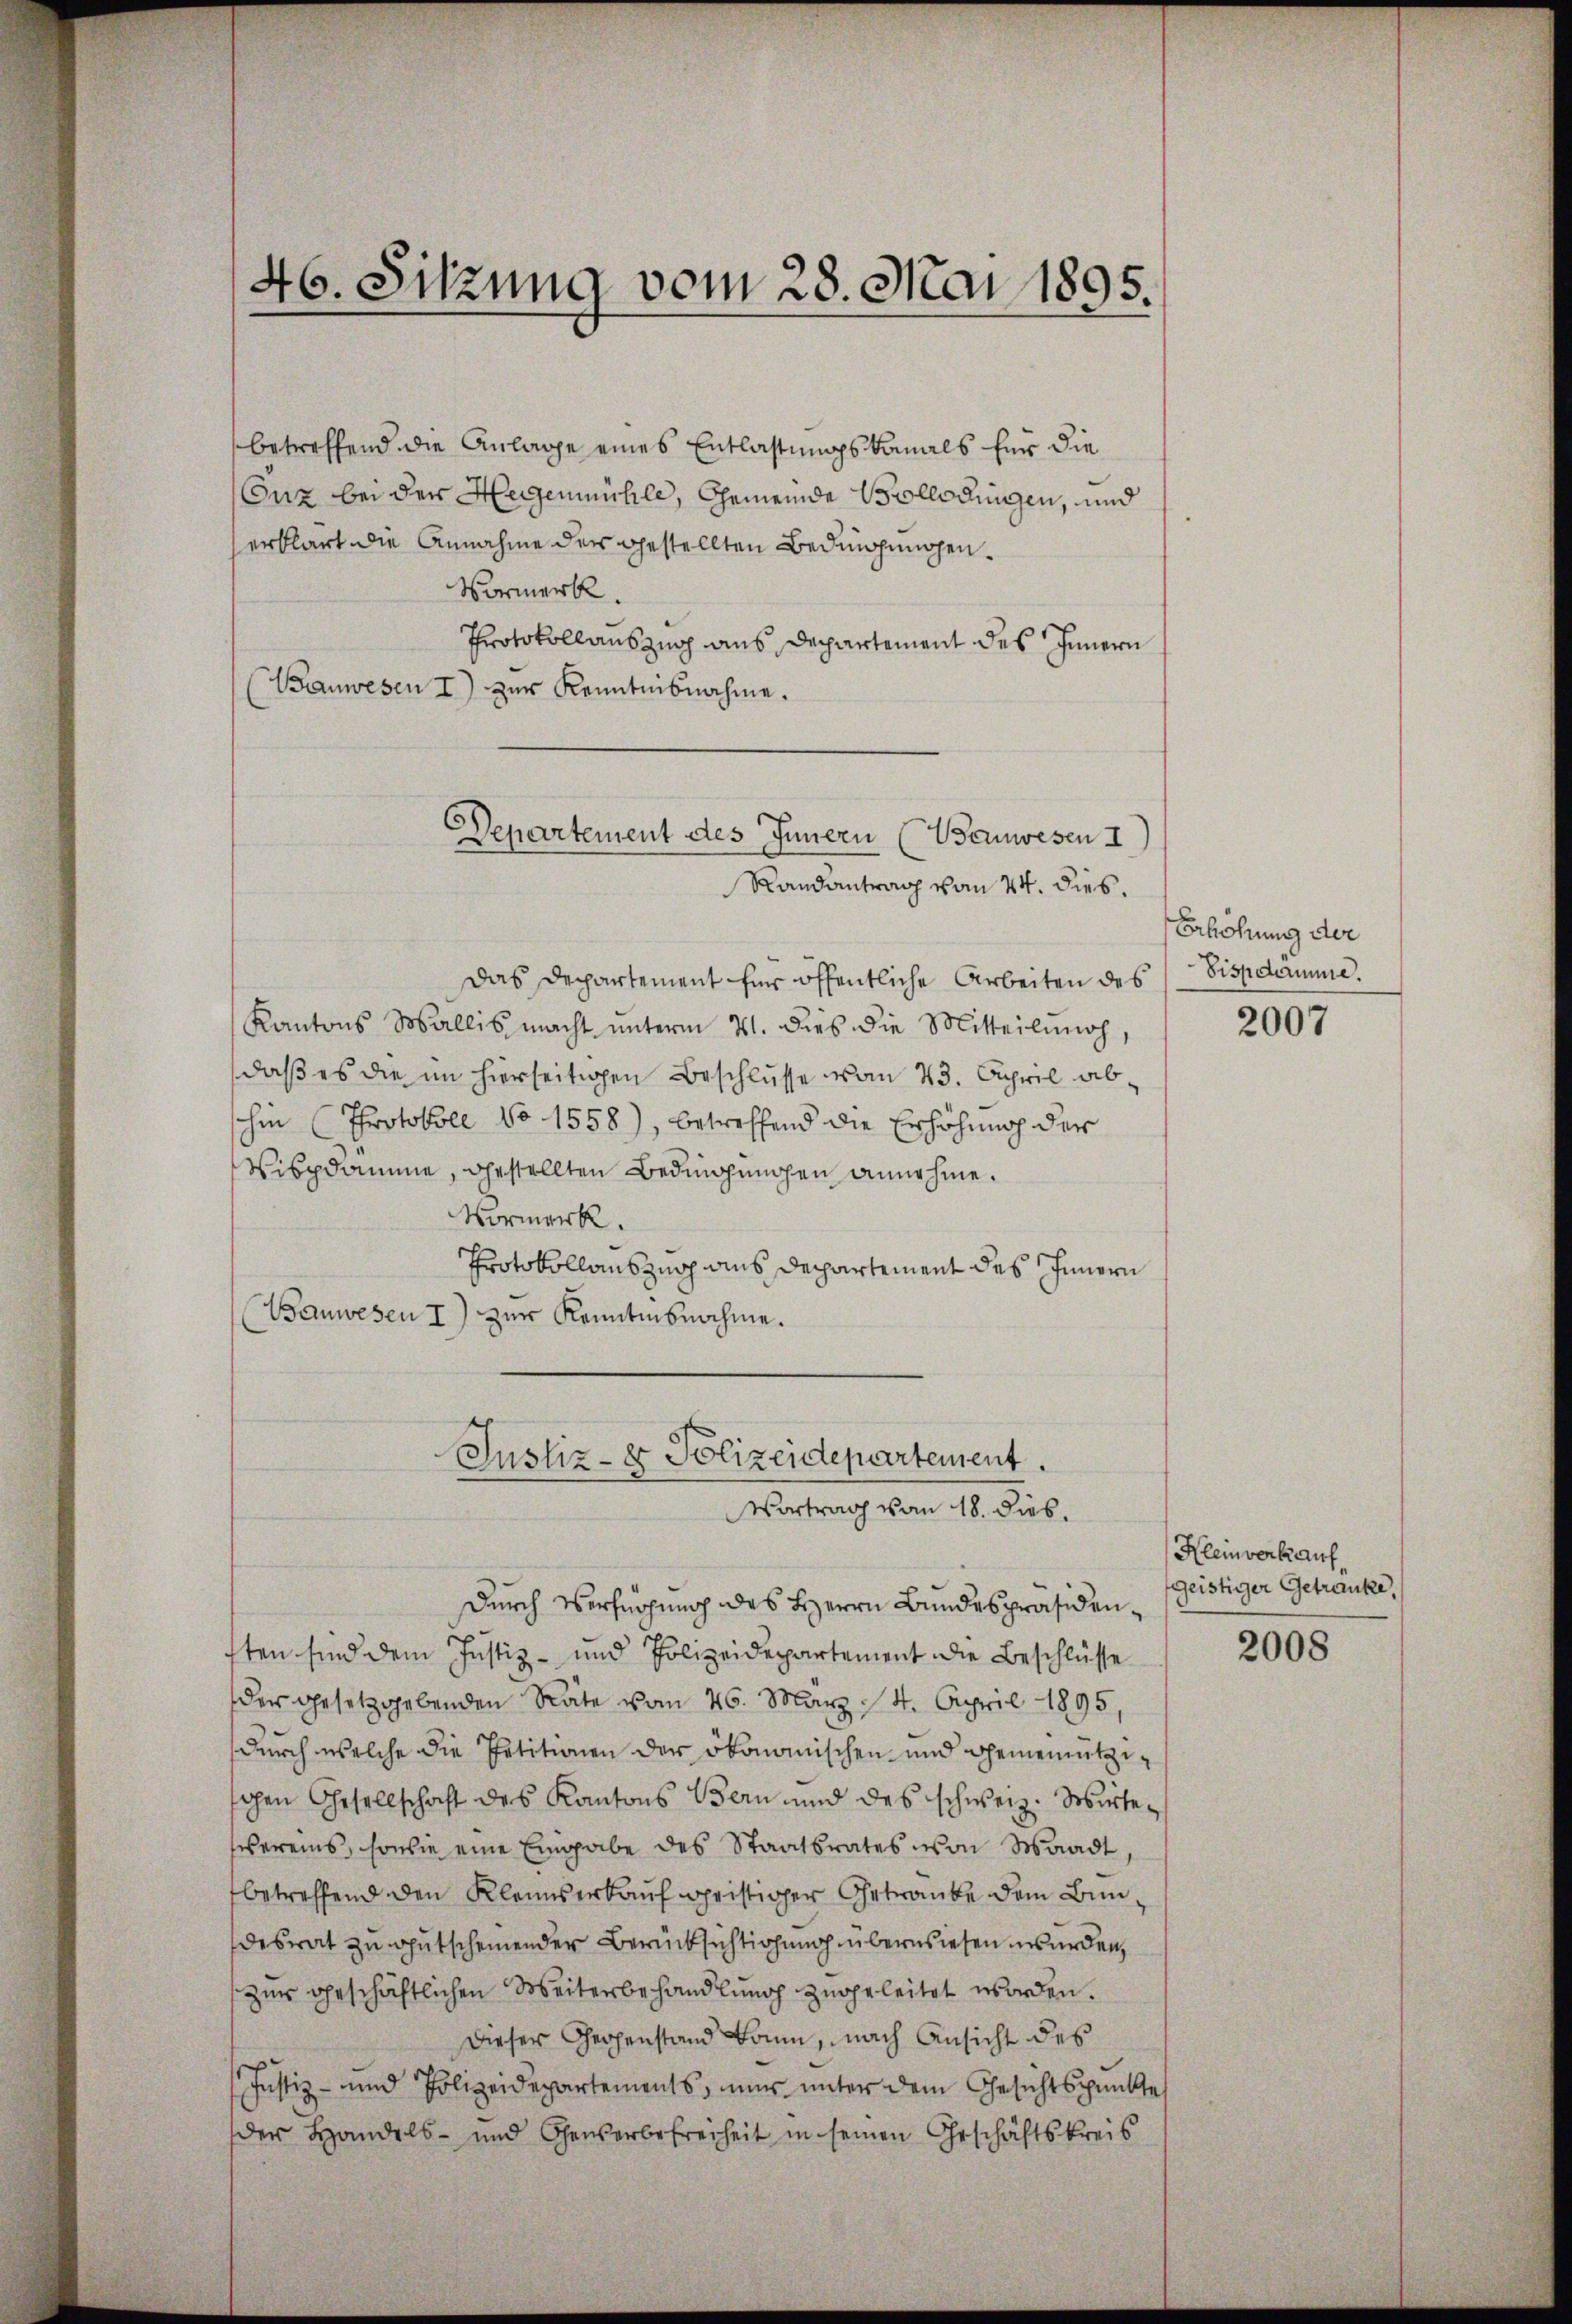
46. Sitzung vom 28. Mai 1895.

betreffend die Anlage eines Entlastungskanals für die
Enz bei der Heigenmühle, Gemeinde Brolladungen, und
erklärt die Annahme der gestellten Bedingungen.
Vormerk.
Protokoll auszug aus Departement des Innern
(Bauwesen I) zur Kenntnisnahme.

Departement des Innern (Wanwesen I
Randantrag vom 24. dies.

Das Departement für öffentliche Arbeiten des
Kantons Wallis macht unterm 21. dies die Mitteilung,
daß es die im hierseitigen Beschlusse vom 23. April absohin (Protokoll No 1558), betreffend die Erhöhung der
Vispdamme, gestellten Bedingungen annehme.
Vormerk.
Protokollauszug aus Departement des Innern
Bauwesen 1) zur Kenntnisnahme.
Durch Verfügung des Herrn Bundespräsidenten sind dem Justiz- und Polizeidepartement die Beschlüsse
der gesetzgebenden Räte vom 26. März 14. April 1895,
durch welche die Petitionen der ökonomischen und Gemeinützischen Gesellschaft des Kantons Bern und des schweiz. Wirtevereins, sowie eine Eingabe des Staatsrates von Waadt,
betreffend den Kleinserkauf geistiger Getraube dem Bundesrat zu gutscheinender Berücksichtigung überwiesen wurden,
zur geschäftlichen Weiterbehandlung zugeleitet worden.
Dieser Gegenstand kann, nach Ansicht des
Justiz- und Polizeidepartements, nun unter dem Gesichtspunkte
der Handels- und Gewerbefreiheit in seinen Geschäftskreis

Justiz- & Polizeidepartement.
Vortrag vom 18. dies

Erhöhung der
Sispdamme.

2007

Kleinverkauf
geistiger Getränke,

2008